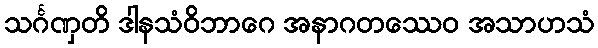
သင်္ဂဏှတိ ဒါနသံဝိဘာဂေ အနာဂတဿေဝ အသာဟသံ